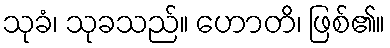
သုခံ၊ သုခသည်။ ဟောတိ၊ ဖြစ်၏။